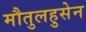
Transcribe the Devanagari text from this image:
मौतुलहुसेन